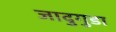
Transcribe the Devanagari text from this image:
जादुगुडा